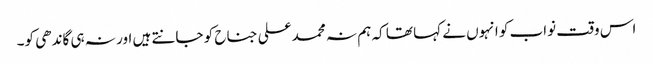
اس وقت نواب کو انہوں نے کہا تھا کہ ہم نہ محمد علی جناح کو جانتے ہیں اور نہ ہی گاندھی کو۔